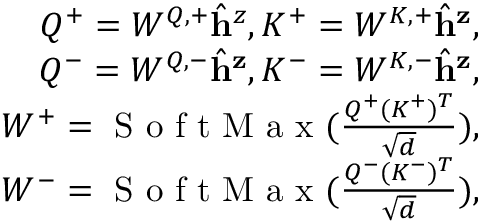
\begin{array} { r } { Q ^ { + } = W ^ { Q , + } \hat { \mathbf { h } } ^ { z } , K ^ { + } = W ^ { K , + } \hat { \mathbf { h } } ^ { \mathbf { z } } , } \\ { Q ^ { - } = W ^ { Q , - } \hat { \mathbf { h } } ^ { \mathbf { z } } , K ^ { - } = W ^ { K , - } \hat { \mathbf { h } } ^ { \mathbf { z } } , } \\ { W ^ { + } = \mathrm { ~ S ~ o ~ f ~ t ~ M ~ a ~ x ~ } ( \frac { Q ^ { + } ( K ^ { + } ) ^ { T } } { \sqrt { d } } ) , } \\ { W ^ { - } = \mathrm { ~ S ~ o ~ f ~ t ~ M ~ a ~ x ~ } ( \frac { Q ^ { - } ( K ^ { - } ) ^ { T } } { \sqrt { d } } ) , } \end{array}